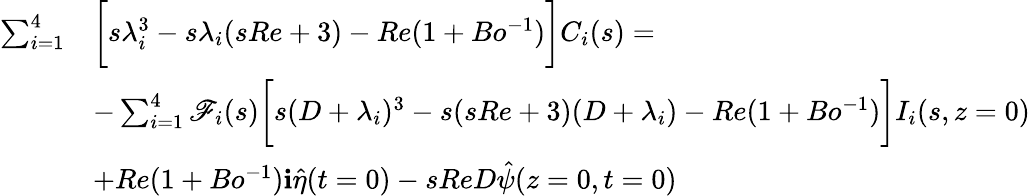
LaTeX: \begin{array}{rl}{\sum_{i=1}^{4}}&{\bigg[s\lambda_{i}^{3}-s\lambda_{i}(sRe+3)-Re(1+Bo^{-1})\bigg]C_{i}(s)=}\\ &{-\sum_{i=1}^{4}\mathscr{F}_{i}(s)\bigg[s(D+\lambda_{i})^{3}-s(sRe+3)(D+\lambda_{i})-Re(1+Bo^{-1})\bigg]I_{i}(s,z=0)}\\ &{+Re(1+Bo^{-1})\textbf{i}\hat{\eta}(t=0)-sReD\hat{\psi}(z=0,t=0)}\end{array}